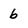
Character: 6